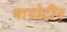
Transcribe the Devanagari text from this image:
बायोटीन